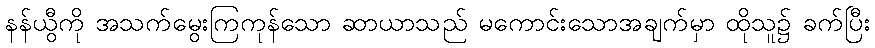
နန်ယွီကို အသက်မွေးကြကုန်သော ဆာယာသည် မကောင်းသောအချက်မှာ ထိုသူ၌ ခက်ပြီး